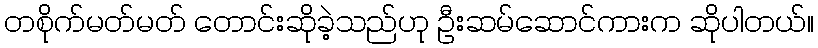
တစိုက်မတ်မတ် တောင်းဆိုခဲ့သည်ဟု ဦးဆမ်ဆောင်ကားက ဆိုပါတယ်။